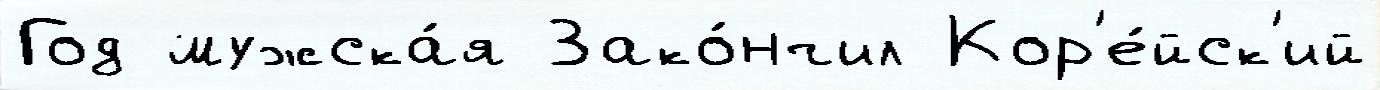
Год мужска́я Зако́нчил Кор'е́йск'ий